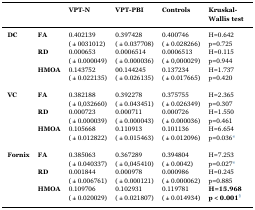
<table><thead><tr><td></td><td></td><td><b>VPT-N</b></td><td><b>VPT-PBI</b></td><td><b>Controls</b></td><td><b>Kruskal-Wallis test</b></td></tr></thead><tbody><tr><td rowspan="2"><b>DC</b></td><td rowspan="2"><b>FA</b></td><td>0.402139</td><td>0.397428</td><td>0.400746</td><td>H=0.642</td></tr><tr><td>(±0031012)</td><td>(±0.037708)</td><td>(±0.028266)</td><td>p=0.725</td></tr><tr><td rowspan="4"></td><td rowspan="2"><b>RD</b></td><td>0.000653</td><td>0.0006514</td><td>0.0006513</td><td>H=0.115</td></tr><tr><td>(±0.000049)</td><td>(±0.000036)</td><td>(±0,000029)</td><td>p=0.944</td></tr><tr><td rowspan="2"><b>HMOA</b></td><td>0.143752</td><td>00.144245</td><td>0.137234</td><td>H=1.737</td></tr><tr><td>(±0.022135)</td><td>(±0.026135)</td><td>(±0.017665)</td><td>p=0.420</td></tr><tr><td>  </td><td>  </td><td>  </td><td>  </td><td>  </td><td>  </td></tr><tr><td rowspan="6"><b>VC</b></td><td rowspan="2"><b>FA</b></td><td>0.382188</td><td>0.392278</td><td>0.375755</td><td>H=2.365</td></tr><tr><td>(±0,032660)</td><td>(±0.043451)</td><td>(±0.026349)</td><td>p=0.307</td></tr><tr><td rowspan="2"><b>RD</b></td><td>0.000723</td><td>0.000711</td><td>0.000726</td><td>H=1.550</td></tr><tr><td>(±0.000039)</td><td>(±0.000043)</td><td>(±0.000036)</td><td>p=0.461</td></tr><tr><td rowspan="2"><b>HMOA</b></td><td>0.105668</td><td>0.110913</td><td>0.101136</td><td>H=6.654</td></tr><tr><td>(±0.012822)</td><td>(±0.015463)</td><td>(±0.012096)</td><td>p=0.036*</td></tr><tr><td>  </td><td>  </td><td>  </td><td>  </td><td>  </td><td>  </td></tr><tr><td rowspan="6"><b>Fornix</b></td><td rowspan="2"><b>FA</b></td><td>0.385063</td><td>0.367289</td><td>0.394804</td><td>H=7.253</td></tr><tr><td>(±0.040337)</td><td>(±0,045410)</td><td>(±0.0042)</td><td>p=0.027*</td></tr><tr><td rowspan="2"><b>RD</b></td><td>0.001844</td><td>0.000978</td><td>0.000986</td><td>H=0.245</td></tr><tr><td>(±0.006761)</td><td>(±0.000121)</td><td>(±0.000062)</td><td>p=0.885</td></tr><tr><td rowspan="2"><b>HMOA</b></td><td>0.109706</td><td>0.102931</td><td>0.119781</td><td><b>H=15.968</b></td></tr><tr><td>(±0.020029)</td><td>(±0.021807)</td><td>(±0.014934)</td><td><b>p&lt;0.001</b>§</td></tr></tbody></table>